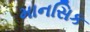
માનસિક